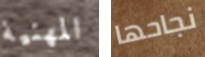
المهنية نجاحها